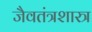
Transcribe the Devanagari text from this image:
जैवतंत्रशास्त्र